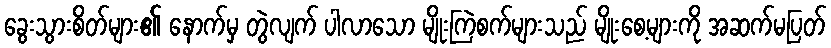
ခွေးသွားစိတ်များ၏ နောက်မှ တွဲလျက် ပါလာသော မျိုးကြဲစက်များသည် မျိုးစေ့များကို အဆက်မပြတ်